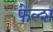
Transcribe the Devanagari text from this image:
फेल्श